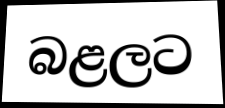
බළලට